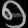
Digit: ၅